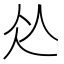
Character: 𱎣